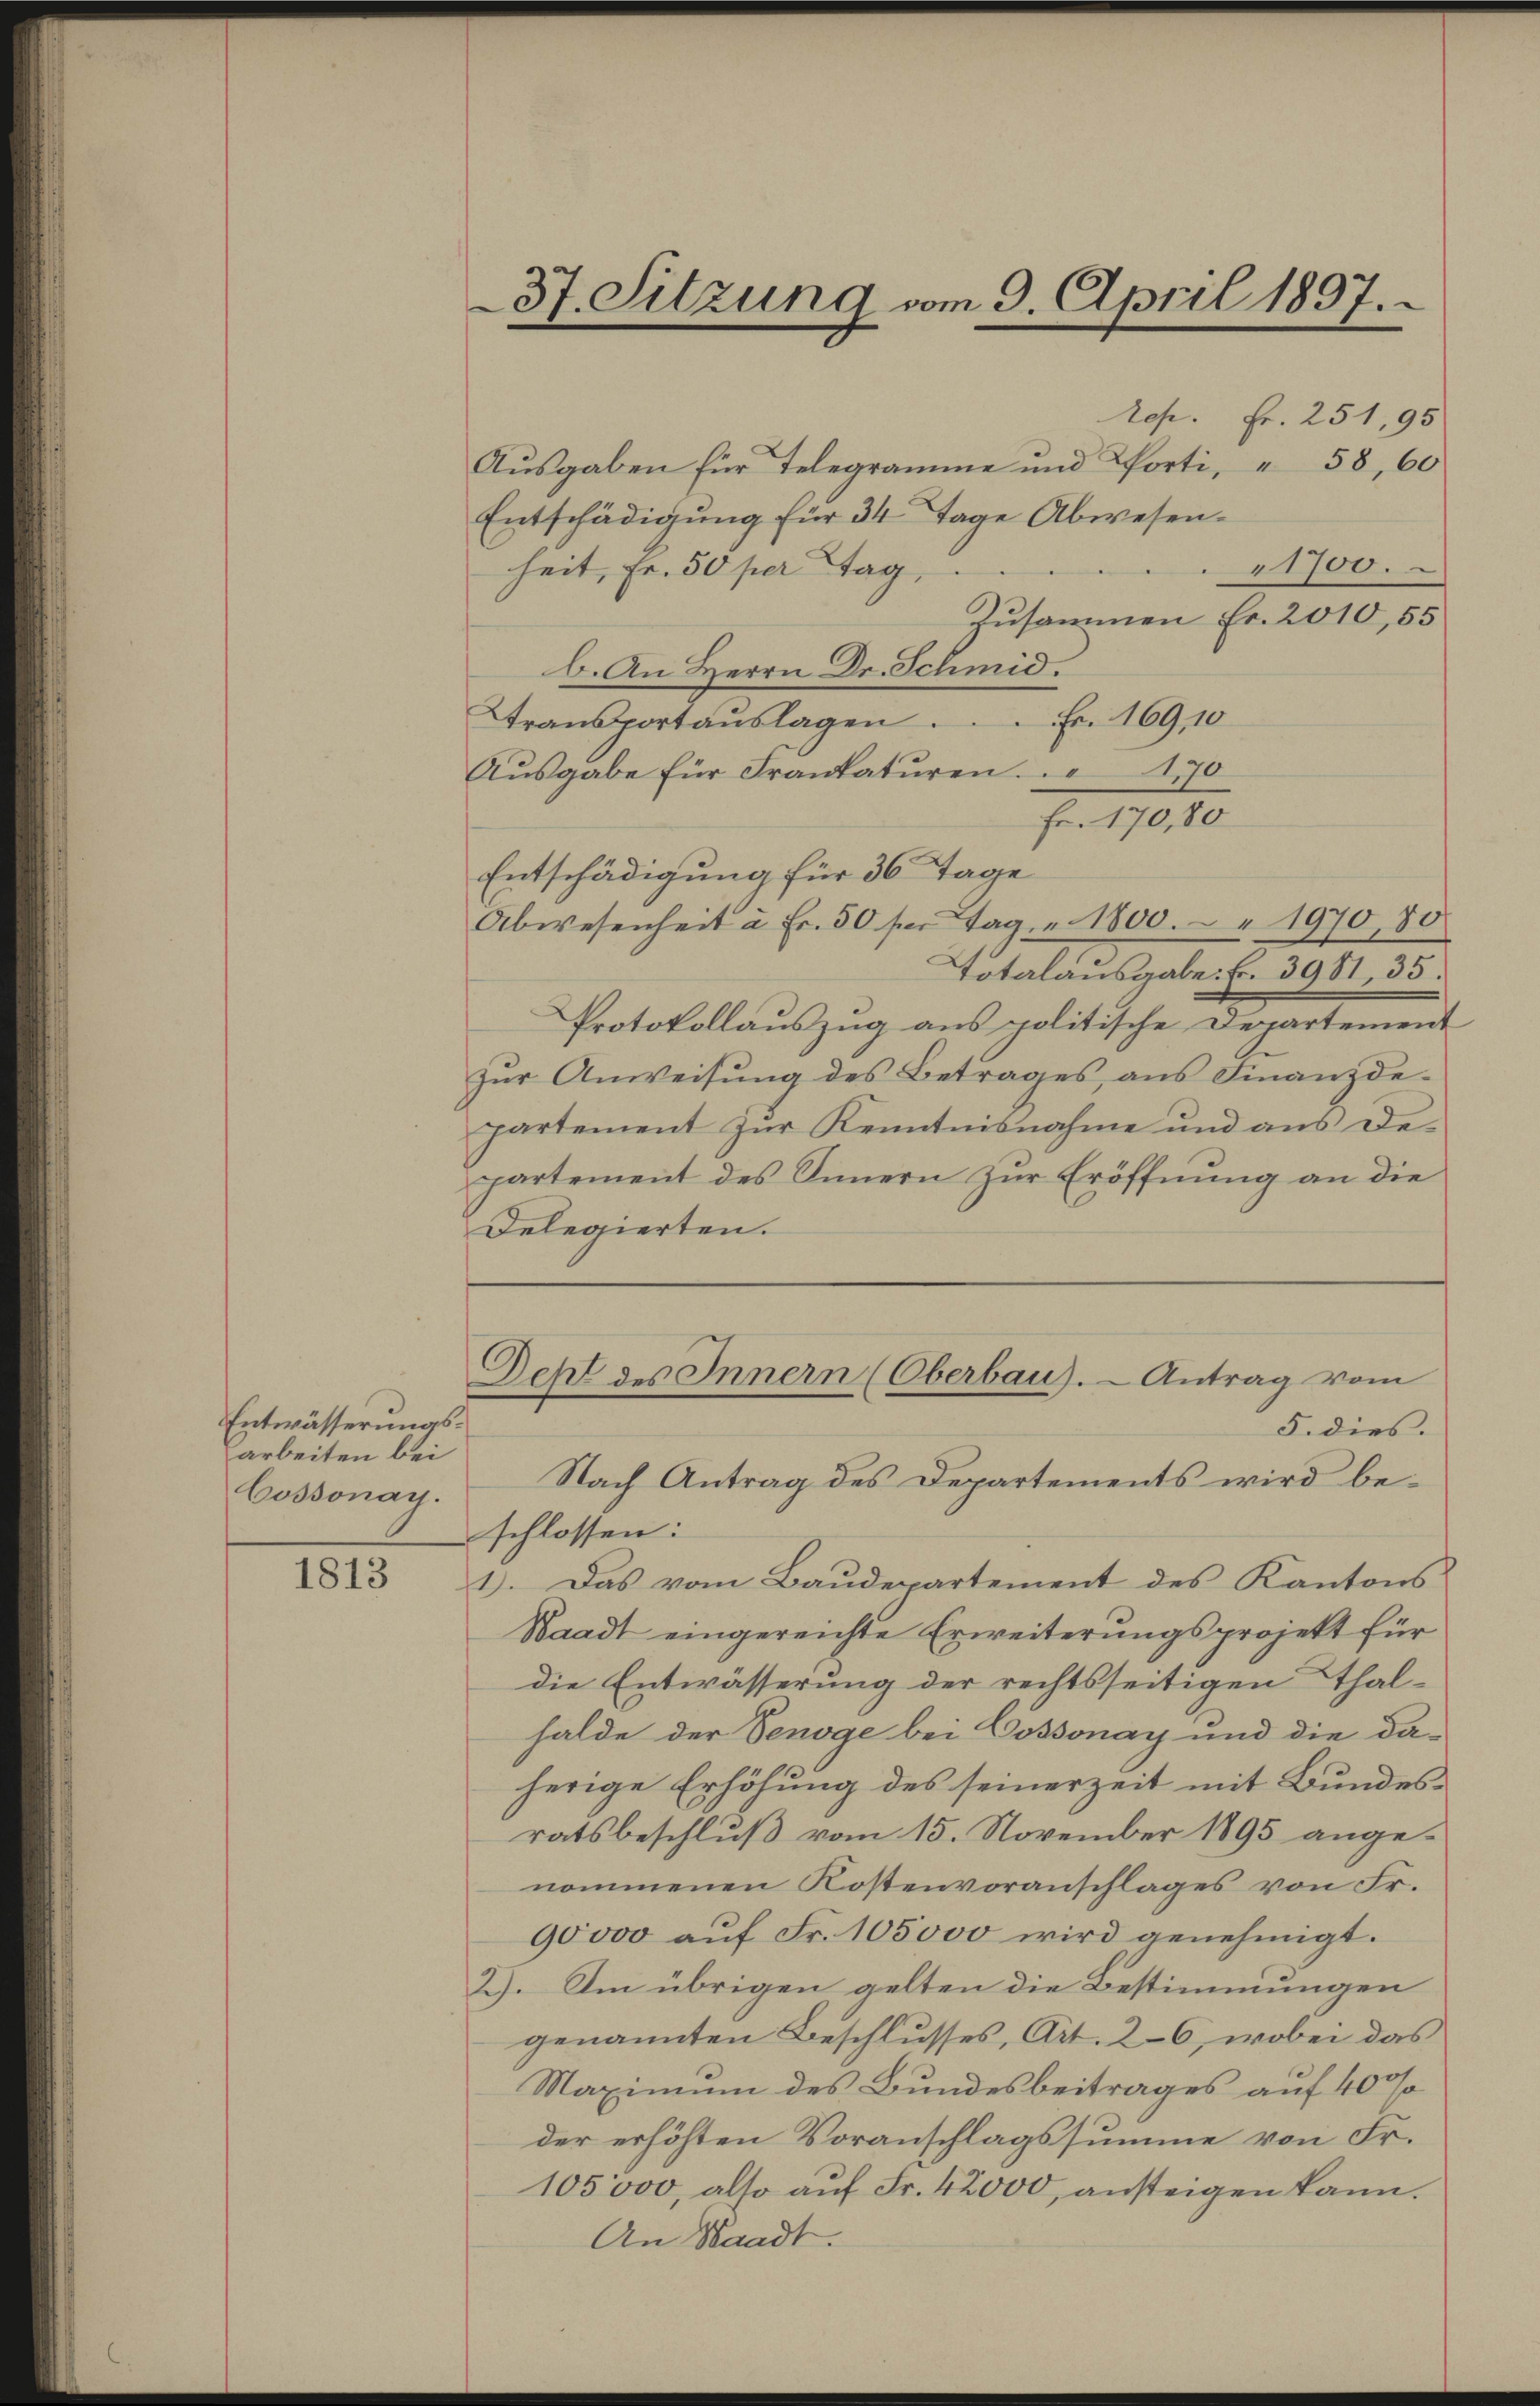
Entwässerungsarbeiten bei
Cossonay.

1813

Rep. Fr. 251, 95
Aŭsgaben für Telegramme und Porti, " 58, 60
Entschädigŭng für 34 Tage Abwesen.
1700.
heit, Fr. 50 per Tag,
Zusammen Fr. 2010,55
b. An Herrn Dr. Schmid.
Transportaŭslagen. Fr. 169,10
Ausgabe für Frankaturen 170
Fr. 170,80
Entschädigung für 36 Tage
Abwesenheit à Fr. 50 für Tag. 1800. " 1970, 80
Totalausgabe. Fr. 3981, 35.
Protokollauszug aus politische Departement
zur Anweisung des Betrages aus Finanzdepartement zŭr Kenntnisnahme und aŭs de-
partement des Sinnern zŭr Eröffnŭng an die
Delegierten.
Deht des Innern (Oberbau). — Antrag vom
5. dies.
Nach Antrag des Departements wird beschlossen:
1. Das vom Baudepartement des Kantons
Waadt eingereichte Erweiterungsprojekt für
die Entwässerung der rechtsseitigen Thal-
halde der Senoge bei Cossonay und die da-
herige Erhöhung des seinerzeit mit Bundesratsbeschluß vom 15. November 1895 angenommenen Kostenvoranschlages von Fr.
90000 auf Fr. 105000 wird genehmigt.
2). Im übrigen gelten die Bestimmungen
genannten Beschlusses, Art. 26, wobei das
Maximum des Bundesbeitrages auf 400
der erhöhten Voranschlagssumme von Fr.
105000, also auf Fr. 42000, ansteigen kann.
An Staadt.

37. Sitzung vom 9. April 1897.